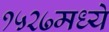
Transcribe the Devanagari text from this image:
१५२७मध्ये